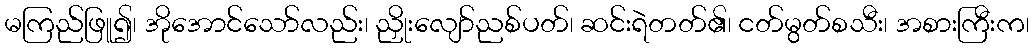
မကြည်ဖြူ၍၊ အိုအောင်သော်လည်း၊ ညှိုးလျော်ညစ်ပတ်၊ ဆင်းရဲတတ်၏၊ ငတ်မွတ်စသီး၊ အစားကြီးက၊